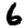
Digit: 6